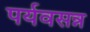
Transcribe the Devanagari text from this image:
पर्यवसन्न